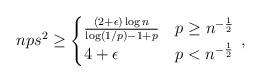
LaTeX: \begin{align*} nps^2 \ge \begin{cases} \frac{(2+ \epsilon ) \log n}{\log (1/p)-1+p } & p \ge n^{-\frac{1}{2}} \\ 4+ \epsilon & p < n^{-\frac{1}{2}} \end{cases} \, , \end{align*}